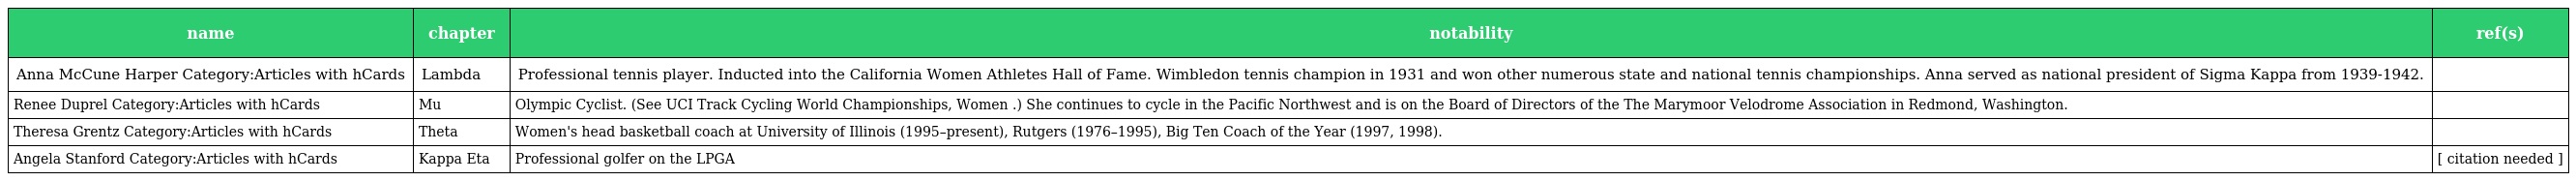
| name | chapter | notability | ref(s) |
 | --- | --- | --- | --- |
 | Anna McCune Harper Category:Articles with hCards | Lambda | Professional tennis player. Inducted into the California Women Athletes Hall of Fame. Wimbledon tennis champion in 1931 and won other numerous state and national tennis championships. Anna served as national president of Sigma Kappa from 1939-1942. |  |
 | Renee Duprel Category:Articles with hCards | Mu | Olympic Cyclist. (See UCI Track Cycling World Championships, Women .) She continues to cycle in the Pacific Northwest and is on the Board of Directors of the The Marymoor Velodrome Association in Redmond, Washington. |  |
 | Theresa Grentz Category:Articles with hCards | Theta | Women's head basketball coach at University of Illinois (1995–present), Rutgers (1976–1995), Big Ten Coach of the Year (1997, 1998). |  |
 | Angela Stanford Category:Articles with hCards | Kappa Eta | Professional golfer on the LPGA | [ citation needed ] |